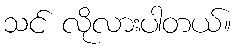
သင် လိုလားပါတယ်။